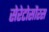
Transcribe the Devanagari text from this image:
सेरेटोसौरस